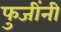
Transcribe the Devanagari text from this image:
फुजींनी